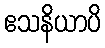
ဧသနိယာပိ